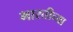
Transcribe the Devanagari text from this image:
भारतीच्या